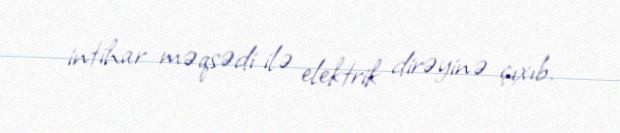
intihar məqsədi ilə elektrik dirəyinə çıxıb.